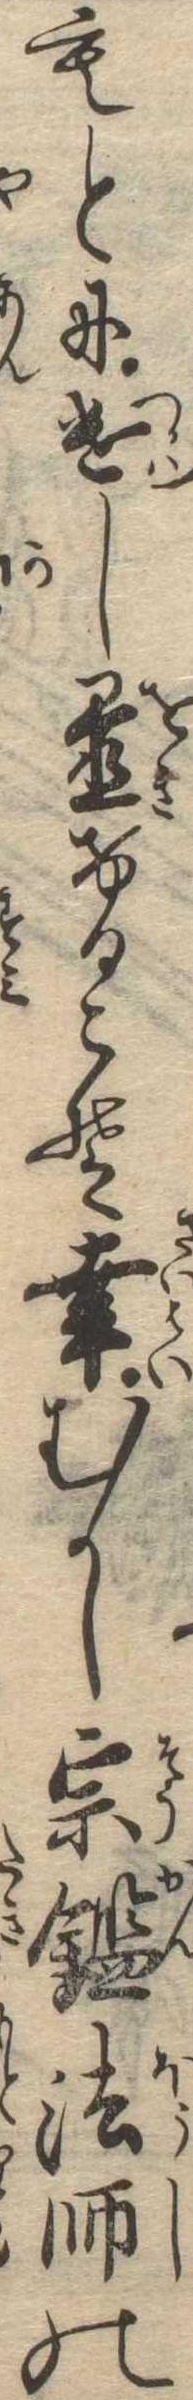
もとに遣し置けるこそ幸むかし宗鑑法師の